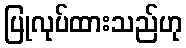
ပြုလုပ်ထားသည်ဟု